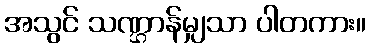
အသွင် သဏ္ဌာန်မျှသာ ပါတကား။